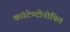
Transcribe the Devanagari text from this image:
कांस्टेण्टीनोपिल